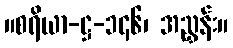
။စရိယာ-ဋ္ဌ-၁၄၆၊ အညွှန်း။